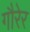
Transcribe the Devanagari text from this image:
गौरेर